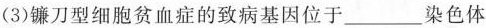
(3)镰刀型细胞贫血症的致病基因位于___染色体